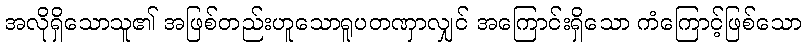
အလိုရှိသောသူ၏ အဖြစ်တည်းဟူသောရူပတဏှာလျှင် အကြောင်းရှိသော ကံကြောင့်ဖြစ်သော